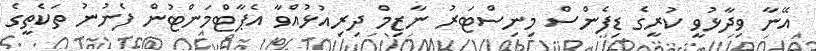
އޭނާ ވިދާޅުވީ ކުރީގެ ޑިފެންސް މިނިސްޓަރު ނާޒިމް ދިރިއުޅުއްވާ އެޕާޓްމަންޓުން ފެނުނު ތަކެތީގެ